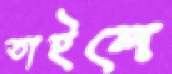
তাইলে